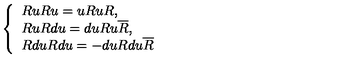
\left\{ \begin{array} { l } { R u R u = u R u R , } \\ { R u R d u = d u R u \overline { { R } } , } \\ { R d u R d u = - d u R d u \overline { { R } } } \\ \end{array} \right.